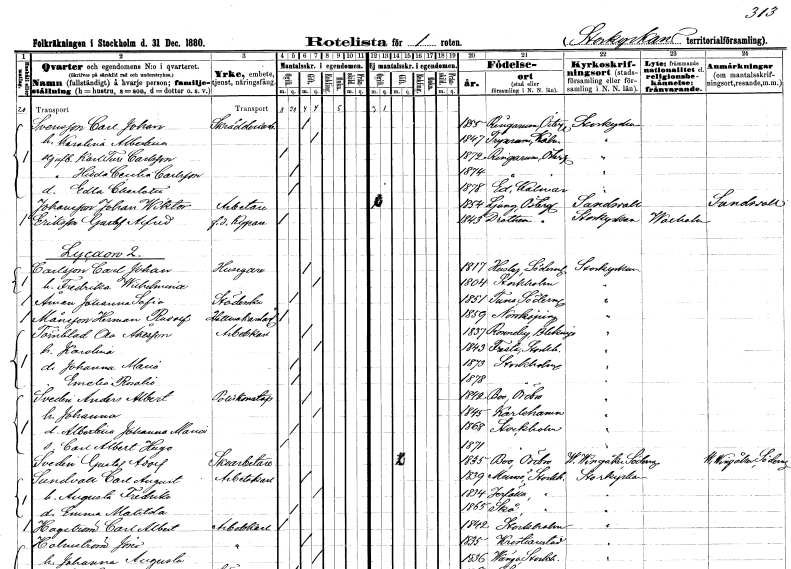
gt_parse: households: individuals: FN: Carl Johan
EN: Svensson
YRKE: Skrädderiarbetare
KON: M
CIV: G
FODAR: 1855
FODFORS: Ringarum Östergötlands län
FN: Karolina Albertina
KON: K
CIV: G
FODAR: 1847
FODFORS: Tryserum Östergötlands län
FN: Karl Ture
EN: Carlsson
KON: M
CIV: O
FODAR: 1872
FODFORS: Ringarum Östergötlands län
FN: Hilda Cecilia
EN: Carlsson
KON: K
CIV: O
FODAR: 1874
FODFORS: Ringarum Östergötlands län
FN: Edla Charlotta
KON: K
CIV: O
FODAR: 1878
FODFORS: Ed Kalmar län
FN: Johan Wiktor
EN: Johansson
YRKE: Arbetare
KON: M
CIV: O
FODAR: 1854
FODFORS: Ljung Östergötlands län
FN: Gustaf Alfred
EN: Eriksson
YRKE: Kypare f.d.
KON: M
CIV: O
FODAR: 1843
FODFORS: Drothem Östergötlands län
FN: Carl Johan
EN: Carlsson
YRKE: Husägare
KON: M
CIV: G
FODAR: 1817
FODFORS: Husby Södermanlands län
FN: Fredrika Wilhelmina
KON: K
CIV: G
FODAR: 1804
FODFORS: Stockholm
FN: Johanna Sofia
EN: Åman
YRKE: Städerska
KON: K
CIV: O
FODAR: 1851
FODFORS: Tuna Södermanlands län
FN: Herman Rudolf
EN: Månsson
YRKE: Hattmakarelärling
KON: M
CIV: O
FODAR: 1859
FODFORS: Norrköping Östergötlands län
FN: Ola
EN: Törnblad Åkesson
YRKE: Arbetskarl
KON: M
CIV: G
FODAR: 1837
FODFORS: Ronneby Blekinge län
FN: Karolina
KON: K
CIV: G
FODAR: 1843
FODFORS: Fresta Stockholms län
FN: Johanna Maria
KON: K
CIV: O
FODAR: 1873
FODFORS: Stockholm
FN: Emelia Rosalie
KON: K
CIV: O
FODAR: 1878
FODFORS: Stockholm
FN: Anders Albert
EN: Svedin
YRKE: Poliskonstapel
KON: M
CIV: G
FODAR: 1842
FODFORS: Bo Örebro län
FN: Johanna
KON: K
CIV: G
FODAR: 1845
FODFORS: Karlshamn Blekinge län
FN: Albertina Johanna Maria
KON: K
CIV: O
FODAR: 1868
FODFORS: Stockholm
FN: Carl Albert Hugo
KON: M
CIV: O
FODAR: 1871
FODFORS: Stockholm
FN: Gustaf Adolf
EN: Svedin
YRKE: Skoarbetare
KON: M
CIV: G
FODAR: 1835
FODFORS: Bo Örebro län
FN: Carl August
EN: Sundvall
YRKE: Arbetskarl
KON: M
CIV: G
FODAR: 1839
FODFORS: Munsö Stockholms län
FN: Augusta Fredrika
KON: K
CIV: G
FODAR: 1834
FODFORS: Järfälla Stockholms län
FN: Emma Matilda
KON: K
CIV: O
FODAR: 1865
FODFORS: Skå Stockholms län